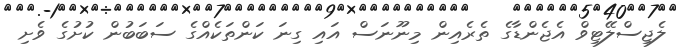
ލެޖިސްލޭޓިވް އެޖެންޑާގެ ތެރެއިން މިނޫނަސް އައި ގިނަ ކަންތަކެއްގެ ސަބަބުން ކުށުގެ ވެށި